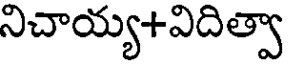
నిచాయ్య+విదిత్వా